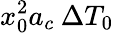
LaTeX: x_{0}^{2}a_{c}\: \Delta T_{0}